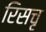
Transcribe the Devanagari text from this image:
रिसचृ